Lock hospitals Punjab
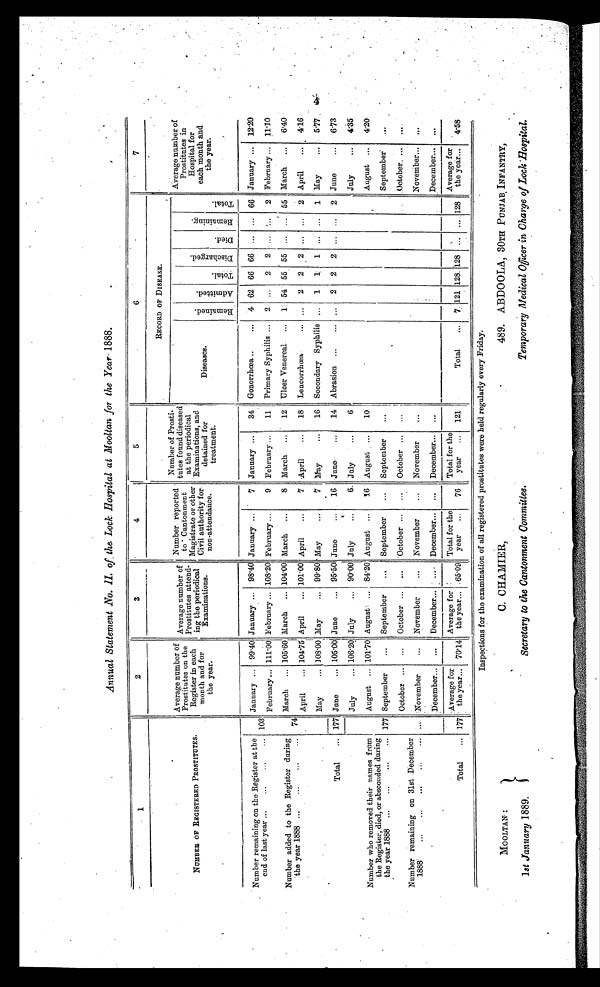
Annual Statement No. II. of the Lock Hospital at Mooltan for the Year 1888.
1
2
3
4
I
5
6
7
NUMBER OF REGISTERED PROSTITUTES.
Average number of
Prostitutes on the
Register in each
month and for
the year.
Average number of
Prostitutes attend-
ing the periodical
Examinations.
Number reported
to Cantonment
Magistrate or other
Civil authority for
non-attendance.
Number of
Prostitutes found diseased
at the periodical
Examinations, and detaned for
treatment.
RECORD OF DISEASE.
—
.
Average number of
Prostitutes in
Hospital for
each month and
the year.
Diseases.
R e m a i n e d . A d m i t t e d . T o t a l . D i s c h a r g e d .
D i e d .
R e m a i n i n g . T o t a l .
Number remaining on the Register at the
end of last year ...
...
... 103
January ... 99.40 January ... 98.40 January ...
7 January...
34 Gonorrhœa ... ...
4 62 66 66 ... ... 66 January ... 12.20
February... 111.00 February ... 108.20 February ...
9 February ...
11 Primary Syphilis ... 2
. . . 2 2 ... ... 2 February ... 11.10
Number added to the Register during
the year 1888
. . . . . . . . . . . .
7 4
March ... 105.60 March ... 104.00 March ...
8 March ...
12 Ulcer Venereal ... 1 54 55 55
. . . ... 55 March ... 6.40
A p r i l
. . . 104.75 April
... 101.00 April
...
7 April
...
18 Lencorrhœa
... ... 2 2 2 ... ... 2 April
... 4.16
Total
...
May
... 108.00 May
... 99.80 May
...
7 May
...
16 Secondary Syphilis ... 1 1 1 ... ...
1 May
...
5.77
177 Jane
... 105.00 June
... 95.50 June
...
16 June
...
14 Abrasion ...
... ... 2 2 2 ... ... 2 June
6.73
Number who removed their names from
the Register, died, or absconded during
the year 1888 ...
...
...
... 177
July
... 106.20 July
... 90.00 July
...
6 July
...
6
July
4.35
August ... 101.70 August ... 84.20 August ... 16 August ...
10
August ... 4.20
September
...
September
... September
...
September
...
September
...
Number remaining on 31st December
1888
...
...
...
...
... ...
October ...
. . .
October ... ...
October
...
October ... ...
October
...
....
November
... November
...
November
... November
...
November... ...
December... ... December... ...
December...
...
December...
...
December... ...
Total
... 117
Average for
the year... 70.14
Average for
the year... 65.09
Total for the
year ...
76
Total for the
year ... 121
Total
... 7 121
128
128
... ... 128
Average for
the year... 4.58
g=!,7
MOOLTAN :
1st January 1889.
Inspections for the examination of all registered prostitutes were held regularly every Friday.
O. CHAMIER,
Secretary to the Cantonment Committee.
489. ABDOOLA, 30TH PUNJAB, INFANTRY,
Temporary Medical Ofcer in Charge of Lock Bospital.